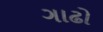
ગાઢો